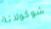
شوكولاتة